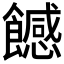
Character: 𩞿